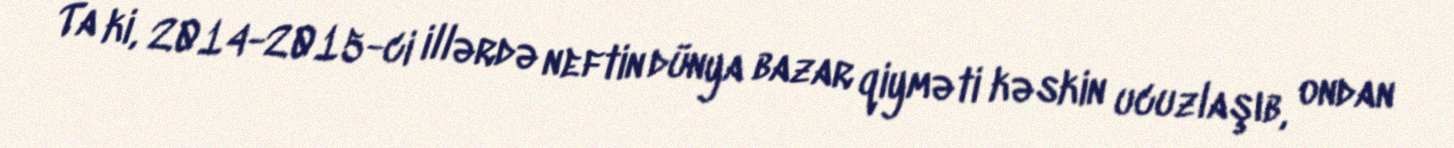
Ta ki, 2014-2015-ci illərdə neftin dünya bazar qiyməti kəskin ucuzlaşıb, ondan